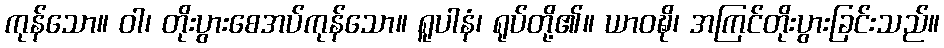
ကုန်သော။ ဝါ၊ တိုးပွားစေအပ်ကုန်သော။ ရူပါနံ၊ ရုပ်တို့၏။ ယာဝဍ္ဎိ၊ အကြင်တိုးပွားခြင်းသည်။